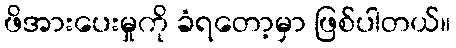
ဖိအားပေးမှုကို ခံရတော့မှာ ဖြစ်ပါတယ်။